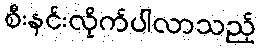
စီးနင်းလိုက်ပါလာသည့်